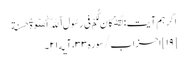
اگر ہم آیت: لَّقَدۡ کَانَ لَکُمۡ فِی رَسُولِ ٱللَّهِ أُسۡوَةٌ حَسَنَة
[۱۹] احزاب/سوره۳۳، آیه۲۱۔